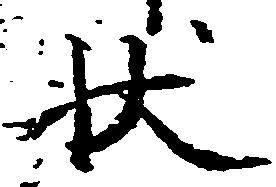
状